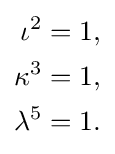
{\begin{aligned}\iota ^{2}&=1,\\\kappa ^{3}&=1,\\\lambda ^{5}&=1.\end{aligned}}